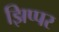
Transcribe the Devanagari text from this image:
झिप्पर